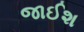
જાઈશ